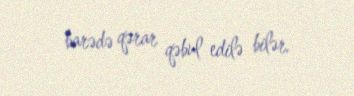
barədə qərar qəbul edilə bilər.